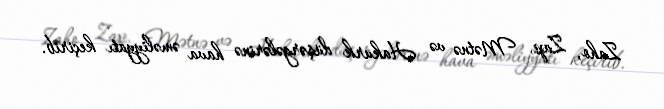
Zaho, Zap, Mətnə və Hakurk düşərgələrinə hava əməliyyatı keçirib.